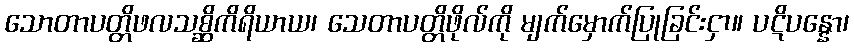
သောတာပတ္တိဖလသစ္ဆိကိရိယာယ၊ သေတာပတ္တိဖိုလ်ကို မျက်မှောက်ပြုခြင်းငှာ။ ပဋိပန္နော၊